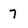
Character: 7